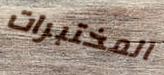
المختبرات